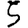
Digit: 5